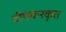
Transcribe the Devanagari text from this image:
दीपंकरकृत